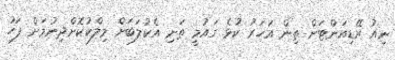
ނިއު ރޭޑިއަންޓަށް ތިން އަހަރު ކުޅެ ގައުމީ ތަށި އެކުލަބަށް މިލްކުކޮށްދިނުމަށް ފަހު